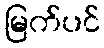
မြက်ပင်